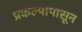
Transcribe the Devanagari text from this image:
प्रकल्पापासून